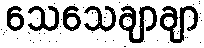
သေသေချာချာ